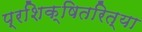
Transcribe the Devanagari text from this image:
प्रशिक्षितरित्या